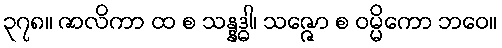
၃၇၈။ ဇာလိကာ ထ စ သန္နဒ္ဓါ၊ သဇ္ဇော စ ဝမ္မိကော ဘဝေ။